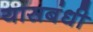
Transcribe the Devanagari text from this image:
यासबंधी